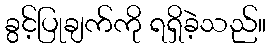
ခွင့်ပြုချက်ကို ရရှိခဲ့သည်။